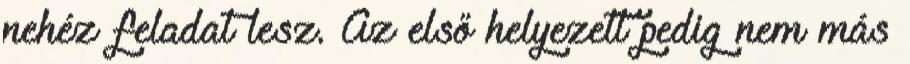
nehéz feladat lesz. Az első helyezett pedig nem más